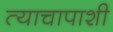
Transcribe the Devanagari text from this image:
त्याचापाशी